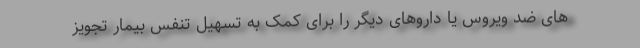
های ضد ویروس یا داروهای دیگر را برای کمک به تسهیل تنفس بیمار تجویز